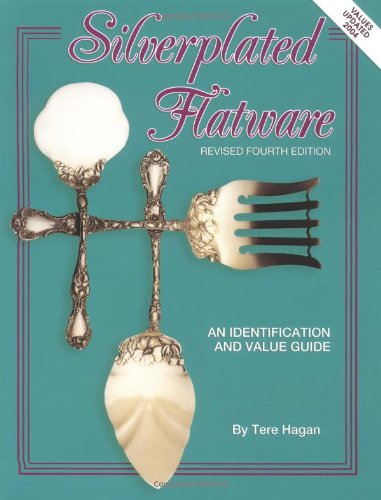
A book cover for Silverplated Flatware, An Identification and Value Guide, 4th Revised Edition; Tere Hagan; Crafts, Hobbies & Home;